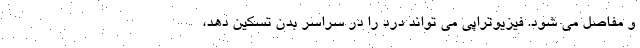
و مفاصل می شود. فیزیوتراپی می تواند درد را در سراسر بدن تسکین دهد،